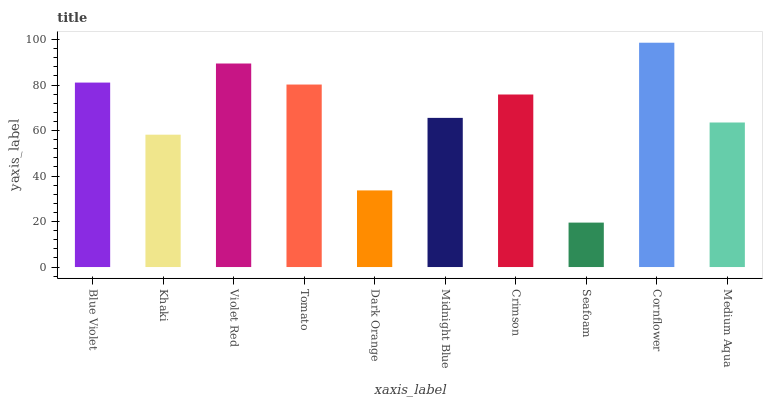
| xaxis_label | bars |
 | --- | --- |
 | Blue Violet | 81.1 |
 | Khaki | 58.2 |
 | Violet Red | 89.5 |
 | Tomato | 80.2 |
 | Dark Orange | 33.7 |
 | Midnight Blue | 65.6 |
 | Crimson | 75.8 |
 | Seafoam | 19.5 |
 | Cornflower | 98.6 |
 | Medium Aqua | 63.5 |